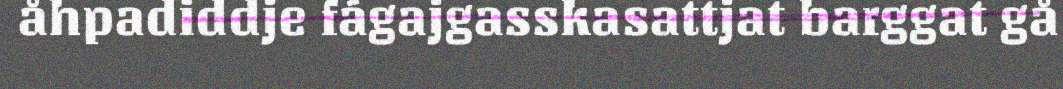
åhpadiddje fágajgasskasattjat barggat gå